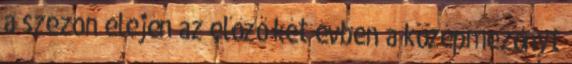
a szezon elején az előző két évben a középmezőnyt